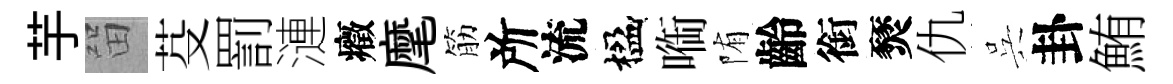
芋㽞芟罰漣癥麾筋所流楹㗸陏齡銜燹仇呉卦鮪